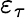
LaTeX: \varepsilon_{\tau}